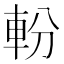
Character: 𨋂